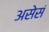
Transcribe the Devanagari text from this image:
असेसं